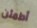
أطمئن